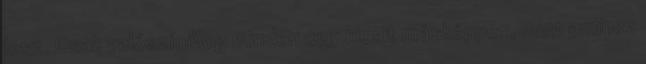
lesz. Csak valószínűleg minden egy kicsit másképpen, mint amihez